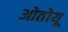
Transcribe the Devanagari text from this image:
ओतोयू